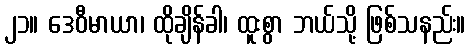
၂၁။ ဒေဝီမာယာ၊ ထိုချိန်ခါ၊ ထူးစွာ ဘယ်သို့ ဖြစ်သနည်း။